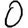
Digit: 0